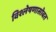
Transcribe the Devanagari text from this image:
विश्लेषणासोबत